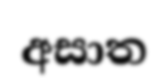
අසාත